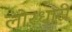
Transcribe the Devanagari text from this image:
लोरधारी